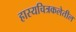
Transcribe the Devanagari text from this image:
हास्यचित्रकलेतील